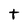
Character: t